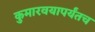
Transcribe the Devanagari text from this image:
कुमारवयापर्यंतच